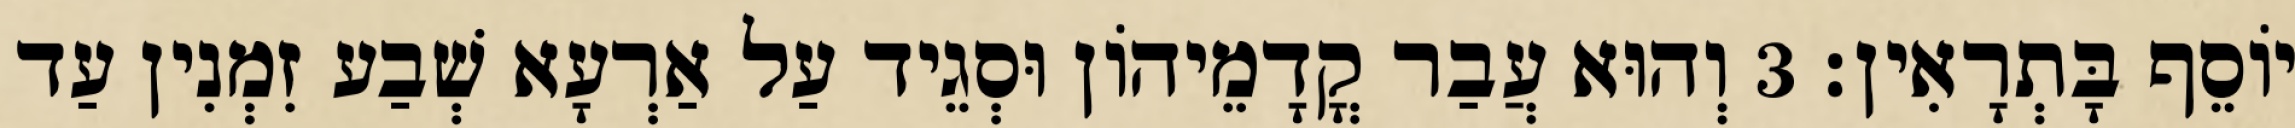
יוֹסֵף בָּתְרָאִין׃ 3 וְהוּא עֲבַר קֳדָמֵיהוֹן וּסְגֵיד עַל אַרְעָא שְׁבַע זִמְנִין עַד